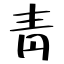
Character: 靑